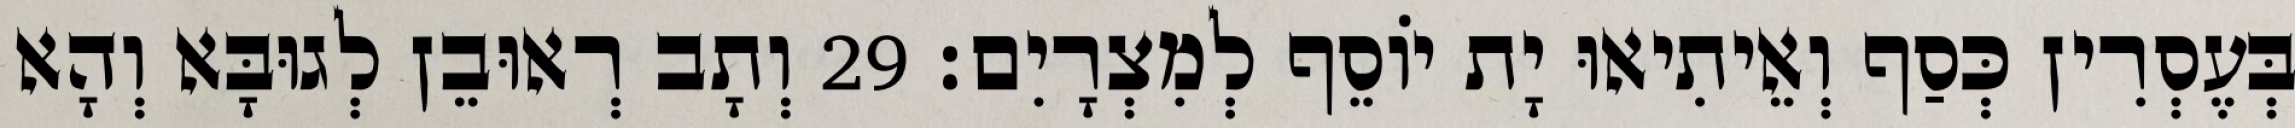
בְּעֶסְרִין כְּסַף וְאֵיתִיאוּ יָת יוֹסֵף לְמִצְרָיִם׃ 29 וְתָב רְאוּבֵן לְגוּבָּא וְהָא